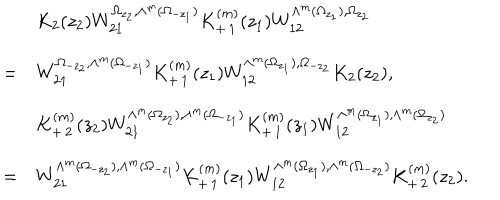
LaTeX: \begin{array} { c l } { { } } & { { K _ { 2 } ( z _ { 2 } ) W _ { 2 1 } ^ { \Omega _ { z _ { 2 } } , \wedge ^ { m } ( \Omega _ { - z _ { 1 } } ) } K _ { + \, 1 } ^ { ( m ) } ( z _ { 1 } ) W _ { 1 2 } ^ { \wedge ^ { m } ( \Omega _ { z _ { 1 } } ) , \Omega _ { z _ { 2 } } } } } \\ { { = } } & { { W _ { 2 1 } ^ { \Omega _ { - z _ { 2 } } , \wedge ^ { m } ( \Omega _ { - z _ { 1 } } ) } K _ { + \, 1 } ^ { ( m ) } ( z _ { 1 } ) W _ { 1 2 } ^ { \wedge ^ { m } ( \Omega _ { z _ { 1 } } ) , \Omega _ { - z _ { 2 } } } K _ { 2 } ( z _ { 2 } ) , } } \\ { { } } & { { K _ { + \, 2 } ^ { ( m ) } ( z _ { 2 } ) W _ { 2 1 } ^ { \wedge ^ { m } ( \Omega _ { z _ { 2 } } ) , \wedge ^ { m } ( \Omega _ { - z _ { 1 } } ) } K _ { + \, 1 } ^ { ( m ) } ( z _ { 1 } ) W _ { 1 2 } ^ { \wedge ^ { m } ( \Omega _ { z _ { 1 } } ) , \wedge ^ { m } ( \Omega _ { z _ { 2 } } ) } } } \\ { { = } } & { { W _ { 2 1 } ^ { \wedge ^ { m } ( \Omega _ { - z _ { 2 } } ) , \wedge ^ { m } ( \Omega _ { - z _ { 1 } } ) } K _ { + \, 1 } ^ { ( m ) } ( z _ { 1 } ) W _ { 1 2 } ^ { \wedge ^ { m } ( \Omega _ { z _ { 1 } } ) , \wedge ^ { m } ( \Omega _ { - z _ { 2 } } ) } K _ { + \, 2 } ^ { ( m ) } ( z _ { 2 } ) . } } \\ \end{array}